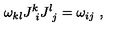
\omega _ { k l } J _ { \ i } ^ { k } J _ { \ j } ^ { l } = \omega _ { i j } \ ,